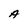
Character: A